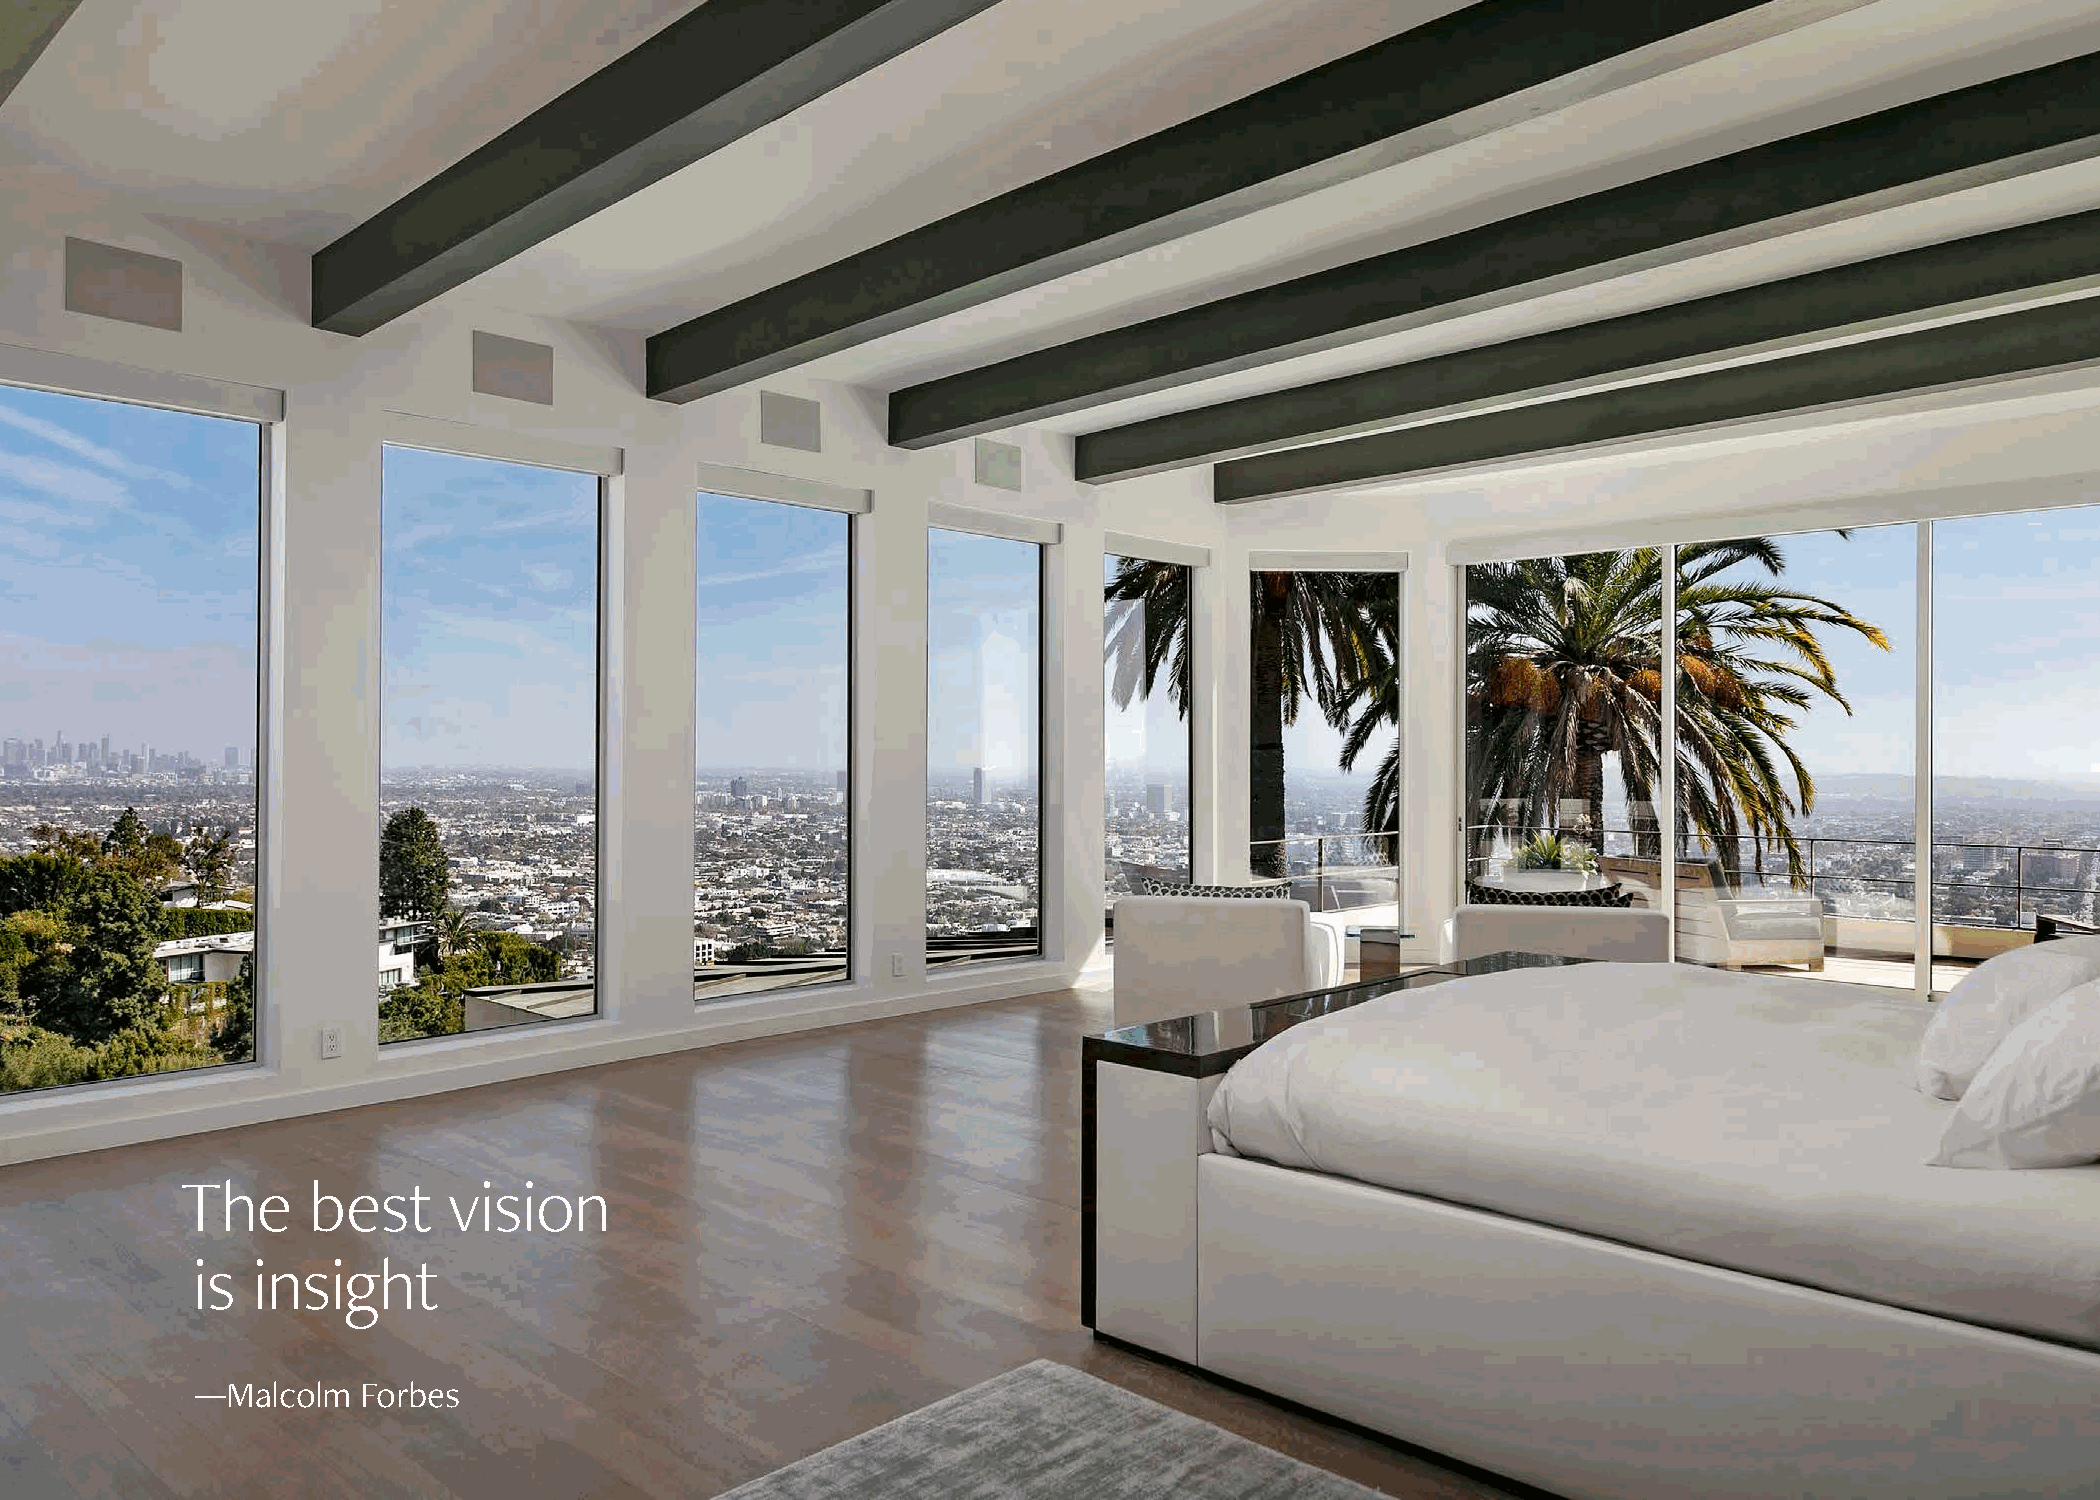
T  he   best      vision
 is  insight
 —Malcolm   Forbes
 p. 2                                                                                                                             p. 3